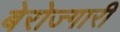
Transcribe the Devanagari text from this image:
बेरोज्गारी